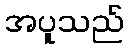
အပူသည်